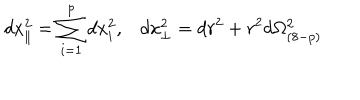
d x _ { \parallel } ^ { 2 } = \sum _ { i = 1 } ^ { p } d x _ { i } ^ { 2 } , d x _ { \perp } ^ { 2 } = d r ^ { 2 } + r ^ { 2 } d \Omega _ { ( 8 - p ) } ^ { 2 }